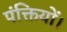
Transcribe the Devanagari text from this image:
पंक्तियों।